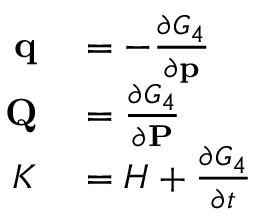
\begin{array} { r l } { \mathbf { q } } & { { } = - { \frac { \partial G _ { 4 } } { \partial \mathbf { p } } } } \\ { \mathbf { Q } } & { { } = { \frac { \partial G _ { 4 } } { \partial \mathbf { P } } } } \\ { K } & { { } = H + { \frac { \partial G _ { 4 } } { \partial t } } } \end{array}